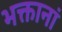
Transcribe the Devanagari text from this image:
भक्तानां